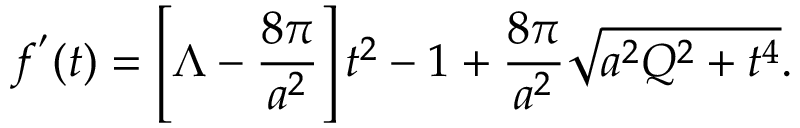
f ^ { ' } ( t ) = \left[ \Lambda - \frac { 8 \pi } { a ^ { 2 } } \right] t ^ { 2 } - 1 + \frac { 8 \pi } { a ^ { 2 } } \sqrt { a ^ { 2 } Q ^ { 2 } + t ^ { 4 } } .